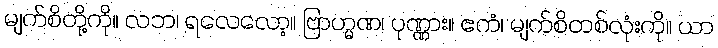
မျက်စိတို့ကို။ လဘ၊ ရလေလော့။ ဗြာဟ္မဏ၊ ပုဏ္ဏား။ ဧကံ၊ မျက်စိတစ်လုံးကို။ ယာ